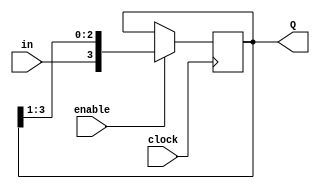
module shiftreg(enable, in, clock, Q);
    parameter N = 4;
    input enable, in, clock;
    output [N-1:0] Q;

    reg [N-1:0] Q;

    initial
        Q = 4'b0000;
    
    always @ (posedge clock)
        begin
            if (enable) Q = {in, Q[N-1:1]};
        end
endmodule